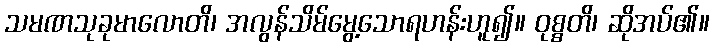
သမဏသုခုမာလောတိ၊ အလွန်သိမ်မွေ့သောရဟန်းဟူ၍။ ဝုစ္စတိ၊ ဆိုအပ်၏။